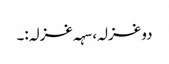
دو غزلہ، سہہ غزلہ:۔